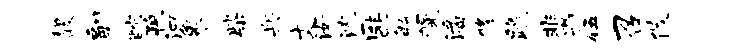
馥副酡猊泗象柴兵丈汝沈匪敏幌潘修跪蜚伍召攸